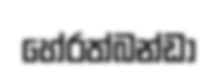
හේරත්බන්ඩා